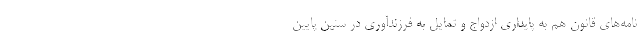
نامه‌های قانون هم به پایداری ازدواج و تمایل به فرزندآوری در سنین پایین